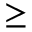
\geq